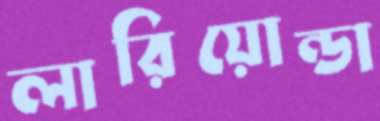
লারিয়োন্ডা